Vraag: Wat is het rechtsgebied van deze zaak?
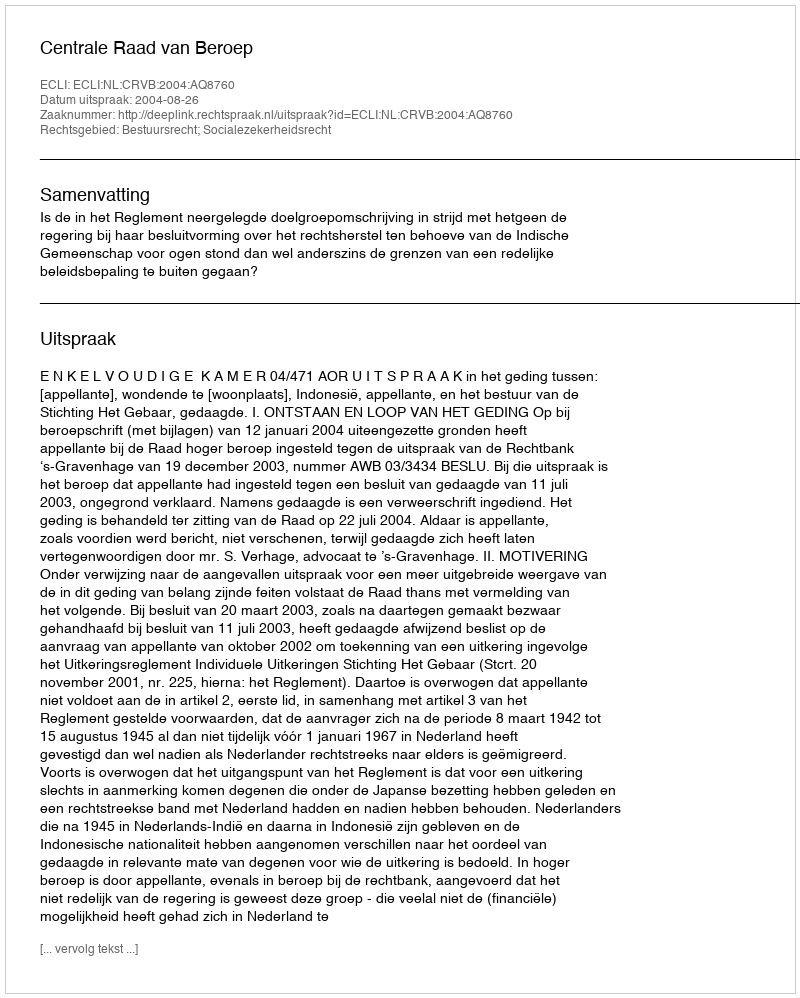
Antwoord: Bestuursrecht; Socialezekerheidsrecht